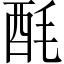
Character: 酕